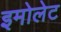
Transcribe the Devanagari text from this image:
इमोलेट